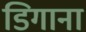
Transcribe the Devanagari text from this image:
डिगाना